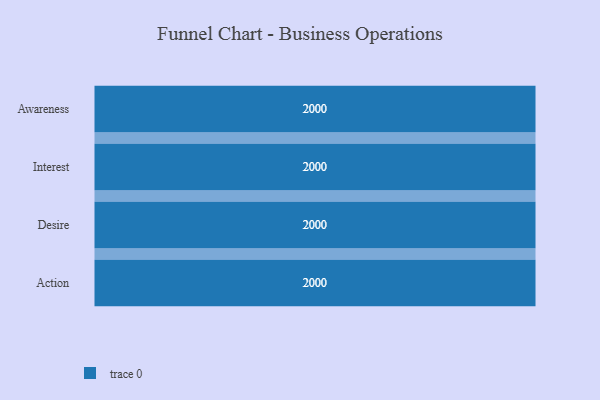
{"axis": {"x": "Stage", "y": "Value"}, "legend": [""], "data": [{"x": "Awareness", "y": 2000, "type": ""}, {"x": "Interest", "y": 2000, "type": ""}, {"x": "Desire", "y": 2000, "type": ""}, {"x": "Action", "y": 2000, "type": ""}]}